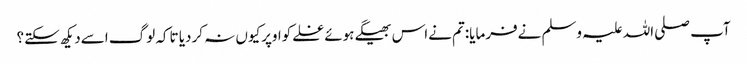
آپ صلی اللہ علیہ وسلم نےفرمایا:تم نےاس بھیگےہوئےغلےکواوپرکیوں نہ کردیا تاکہ لوگ اسےدیکھ سکتے؟